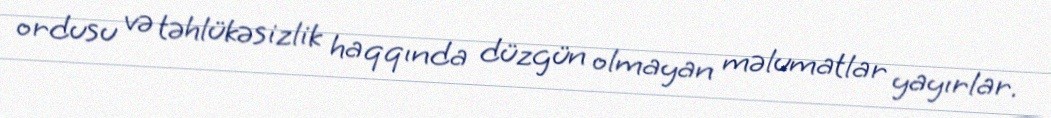
ordusu və təhlükəsizlik haqqında düzgün olmayan məlumatlar yayırlar.